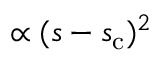
\propto ( s - s _ { \mathrm { c } } ) ^ { 2 }